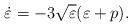
LaTeX: \begin{align*}\dot{\varepsilon}=-3\sqrt{\varepsilon }(\varepsilon +p). \end{align*}